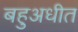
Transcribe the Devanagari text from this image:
बहुअधीत